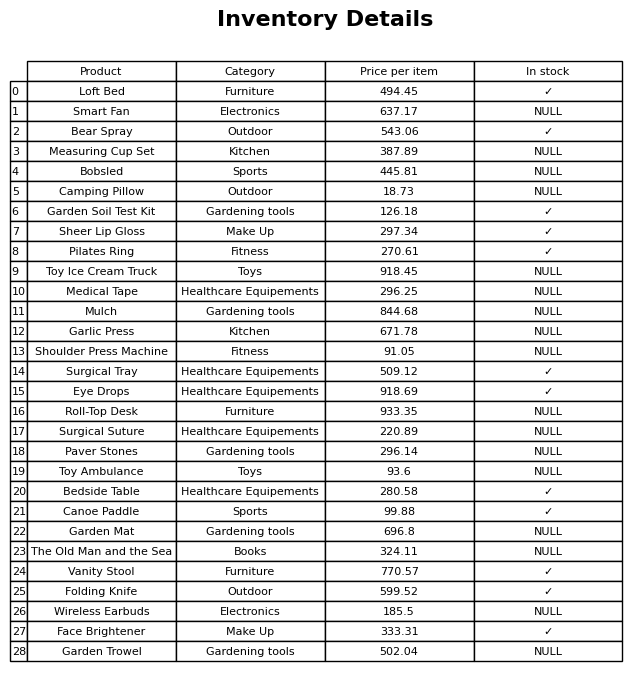
question: What is the price of the Vanity Stool?
answer: The price of Vanity Stool is 770.57.